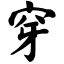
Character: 穿